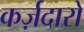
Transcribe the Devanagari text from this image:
कर्ज़दारों